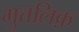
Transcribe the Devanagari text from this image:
मुत्तलिक़